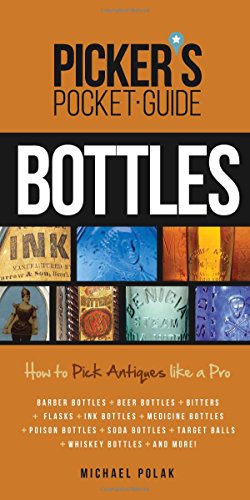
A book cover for Picker's Pocket Guide to Bottles: How to Pick Antiques Like a Pro; Michael Polak; Crafts, Hobbies & Home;